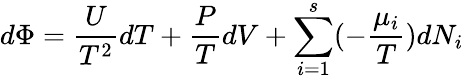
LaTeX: d\Phi={\frac{U}{T^{2}}}dT+{\frac{P}{T}}dV+\sum_{i=1}^{s}(-{\frac{\mu_{i}}{T}})dN_{i}